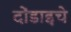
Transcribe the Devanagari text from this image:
दोंडाइचे